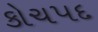
કોચપદ